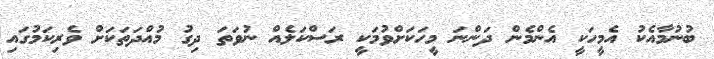
ބުނުމާއެކު އެމީހަކީ އެންމެން ދަންނަ މީހަކަށްވުމަކީ ރަސްކަލެއް ނުވަތަ ދިގު މުއްދަތަކަށް ވެރިކަމުގައި